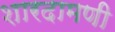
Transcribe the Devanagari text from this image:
शारदामणी